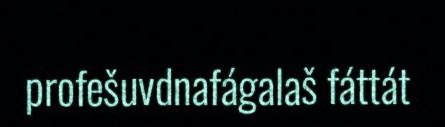
profešuvdnafágalaš fáttát